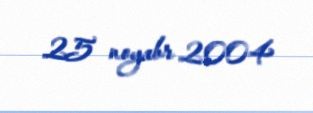
25 noyabr 2004